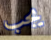
يجب